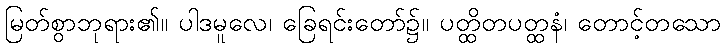
မြတ်စွာဘုရား၏။ ပါဒမူလေ၊ ခြေရင်းတော်၌။ ပတ္ထိတပတ္ထနံ၊ တောင့်တသော